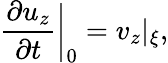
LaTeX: {\frac{\partial u_{z}}{\partial t}}\bigg\vert_{0}=v_{z}|_{\xi},